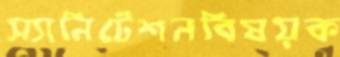
স্যানিটেশনবিষয়ক